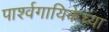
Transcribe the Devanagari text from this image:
पार्श्वगायिकेच्या